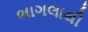
ભાગલાથી